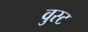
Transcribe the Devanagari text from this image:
वुस्ट